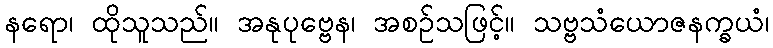
နရော၊ ထိုသူသည်။ အနုပုဗ္ဗေန၊ အစဉ်သဖြင့်။ သဗ္ဗသံယောဇနက္ခယံ၊